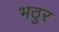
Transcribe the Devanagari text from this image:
भठुर